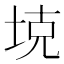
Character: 𪣕